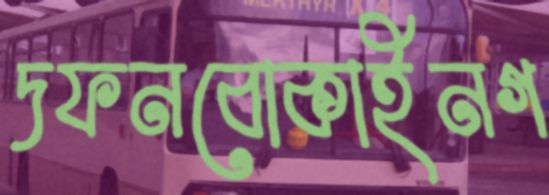
দফনবোকাইনগ